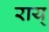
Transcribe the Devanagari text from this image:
राय्